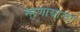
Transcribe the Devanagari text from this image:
म्हणायाला